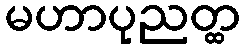
မဟာပုညတ္ထ